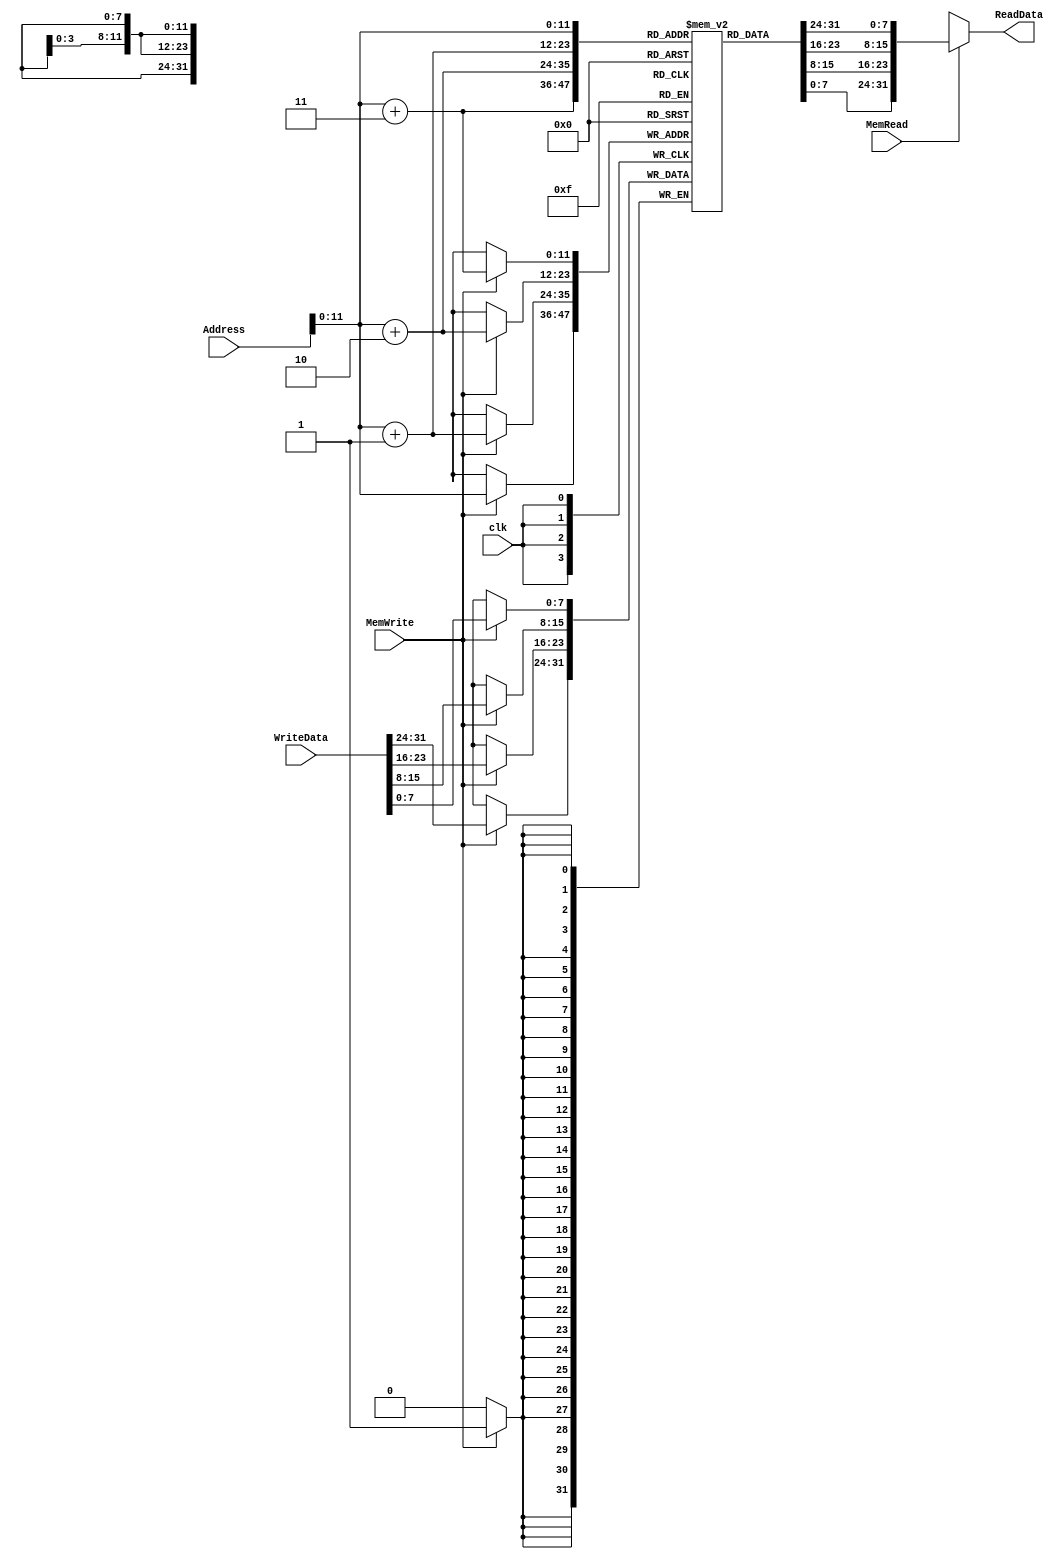
module DataMemory(input clk,input [31:0]Address,input [31:0] WriteData,input MemWrite,MemRead,output reg[31:0] ReadData);
  reg [7:0] MEM [4095:0];
  initial begin
  		{MEM[1000],MEM[1001],MEM[1002],MEM[1003]} = 32'd 1;
		{MEM[1004],MEM[1005],MEM[1006],MEM[1007]} = 32'd 2;
		{MEM[1008],MEM[1009],MEM[1010],MEM[1011]} = 32'd 3;
		{MEM[1012],MEM[1013],MEM[1014],MEM[1015]} = 32'd 4;
		{MEM[1016],MEM[1017],MEM[1018],MEM[1019]} = 32'd 5;
		{MEM[1020],MEM[1021],MEM[1022],MEM[1023]} = 32'd 6;
		{MEM[1024],MEM[1025],MEM[1026],MEM[1027]} = 32'd 7;
		{MEM[1028],MEM[1029],MEM[1030],MEM[1031]} = 32'd 44;
		{MEM[1032],MEM[1033],MEM[1034],MEM[1035]} = 32'd 9;
		{MEM[1036],MEM[1037],MEM[1038],MEM[1039]} = 32'd 10;
		{MEM[1040],MEM[1041],MEM[1042],MEM[1043]} = 32'd 1;
		{MEM[1044],MEM[1045],MEM[1046],MEM[1047]} = 32'd 2;
		{MEM[1048],MEM[1049],MEM[1050],MEM[1051]} = 32'd 3;
		{MEM[1052],MEM[1053],MEM[1054],MEM[1055]} = 32'd 4;
		{MEM[1056],MEM[1057],MEM[1058],MEM[1059]} = 32'd 5;
		{MEM[1060],MEM[1061],MEM[1062],MEM[1063]} = 32'd 6;
		{MEM[1064],MEM[1065],MEM[1066],MEM[1067]} = 32'd 7;
		{MEM[1068],MEM[1069],MEM[1070],MEM[1071]} = 32'd 20;
		{MEM[1072],MEM[1073],MEM[1074],MEM[1075]} = 32'd 9;
		{MEM[1076],MEM[1077],MEM[1078],MEM[1079]} = 32'd 10;
  end
  always@(*)
      ReadData=(MemRead)?{MEM[Address],MEM[Address+1],MEM[Address+2],MEM[Address+3]}:'x;
  always@(posedge clk)
  if(MemWrite)
    {MEM[Address],MEM[Address+1],MEM[Address+2],MEM[Address+3]}<=WriteData;
endmodule